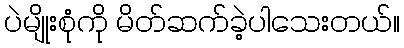
ပဲမျိုးစုံကို မိတ်ဆက်ခဲ့ပါသေးတယ်။